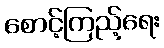
စောင့်ကြည့်ရေး